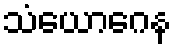
သံယောဂေန